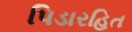
પિડારહિત